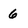
Character: 6